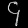
Digit: ၄